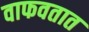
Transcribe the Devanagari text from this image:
वाफवतात